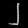
Digit: ၂